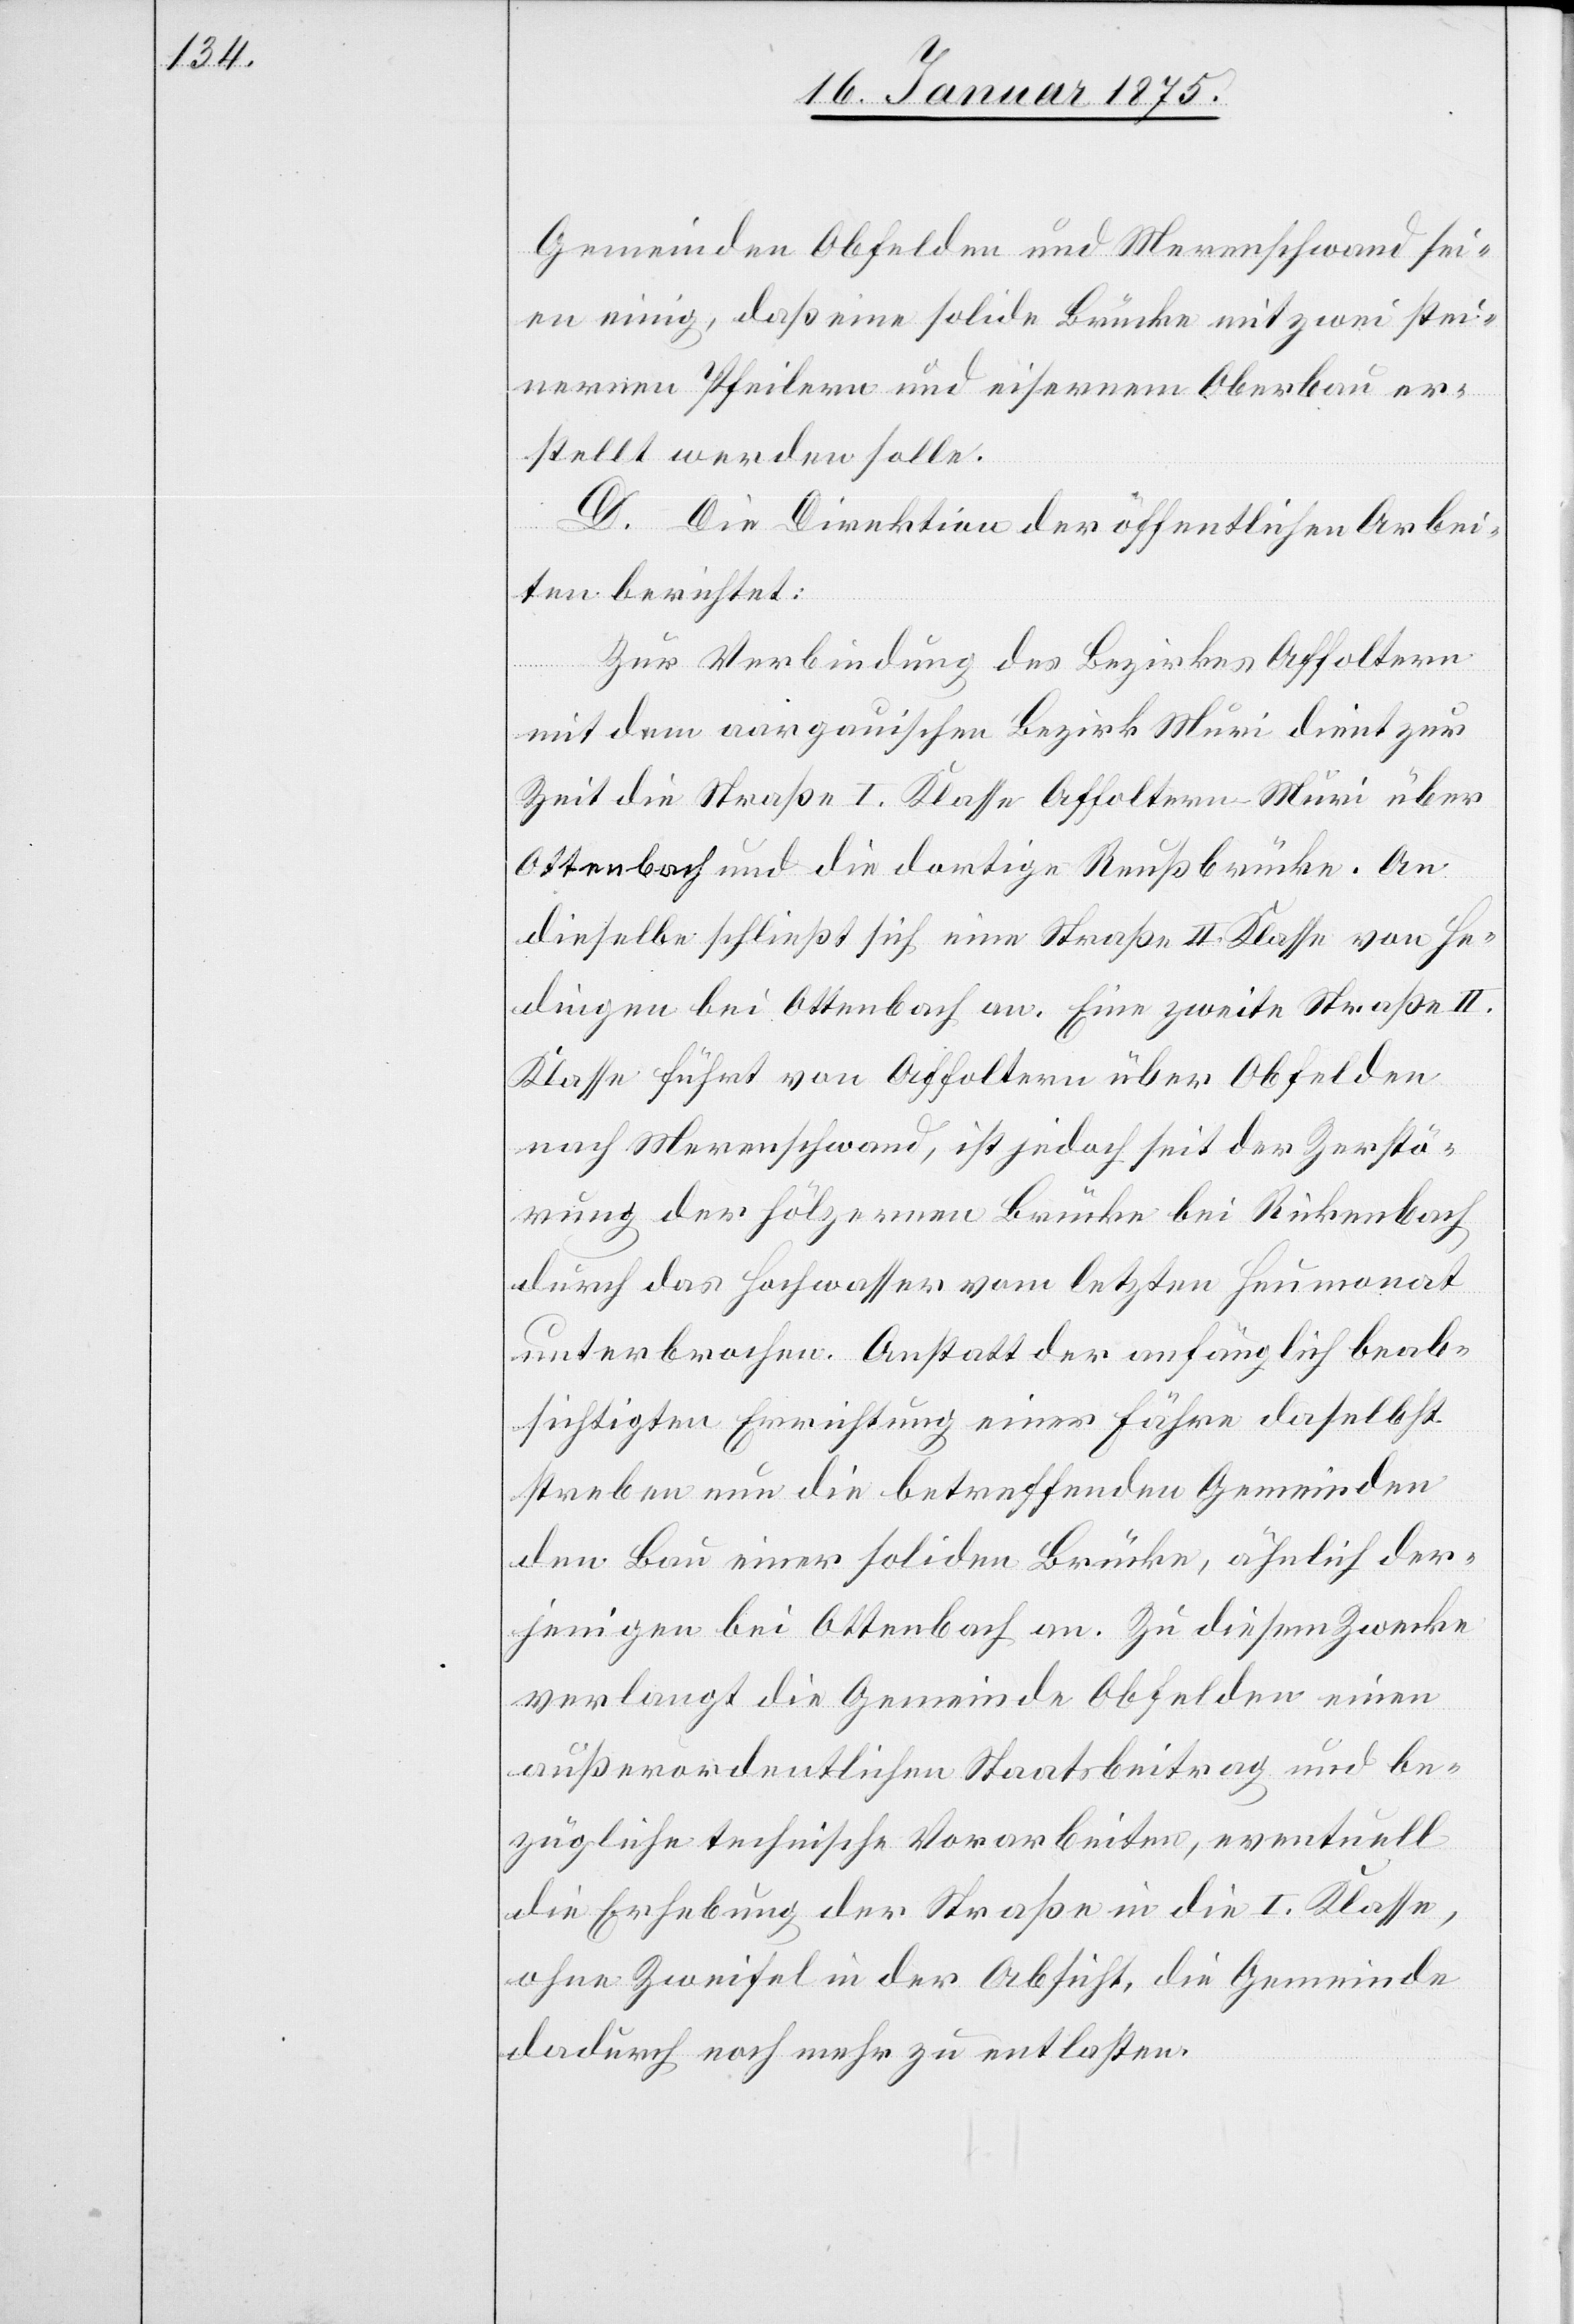
Gemeinden Obfelden und Merenschwand sei¬
en einig, daß eine solide Brücke mit zwei stei¬
nernen Pfeilern und eisernem Oberbau er¬
stellt werden solle.
D. Die Direktion der öffentlichen Arbei¬
ten berichtet:
Zur Verbindung des Bezirkes Affoltern
mit dem aargauischen Bezirk Muri dient zur
Zeit die Straße I. Klasse Affoltern–Muri über
Ottenbach und die dortige Reußbrücke. An
dieselbe schließt sich eine Straße II. Klasse von He¬
dingen bei Ottenbach an. Eine zweite Straße II.
Klasse führt von Affoltern über Obfelden
nach Merenschwand, ist jedoch seit der Zerstö¬
rung der hölzernen Brücke bei Rickenbach
durch das Hochwasser vom letzten Heumonat
unterbrochen. Anstatt der anfänglich beab¬
sichtigten Errichtung einer Fähre daselbst
streben nun die betreffenden Gemeinden
den Bau einer soliden Brücke, ähnlich der¬
jenigen bei Ottenbach an. Zu diesem Zwecke
verlangt die Gemeinde Obfelden einen
außerordentlichen Staatsbeitrag und be¬
zügliche technische Vorarbeiten, eventuell
die Erhebung der Straße in die I. Klasse,
ohne Zweifel in der Absicht, die Gemeinde
dadurch noch mehr zu entlasten.